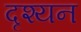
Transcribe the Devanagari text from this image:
दृश्यन